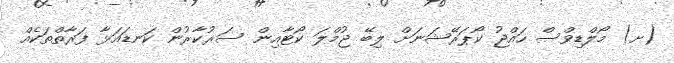
(ށ) މޯލްޑިވްސް ހައްޖު ކޯޕަރޭޝަނަށް ލިބޭ ޖުމްލަ ކޯޓާއިން ސަރުކާރުން ކަނޑައަޅާ ފަރާތްތަކެއް